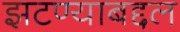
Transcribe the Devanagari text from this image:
झटण्याबद्दल